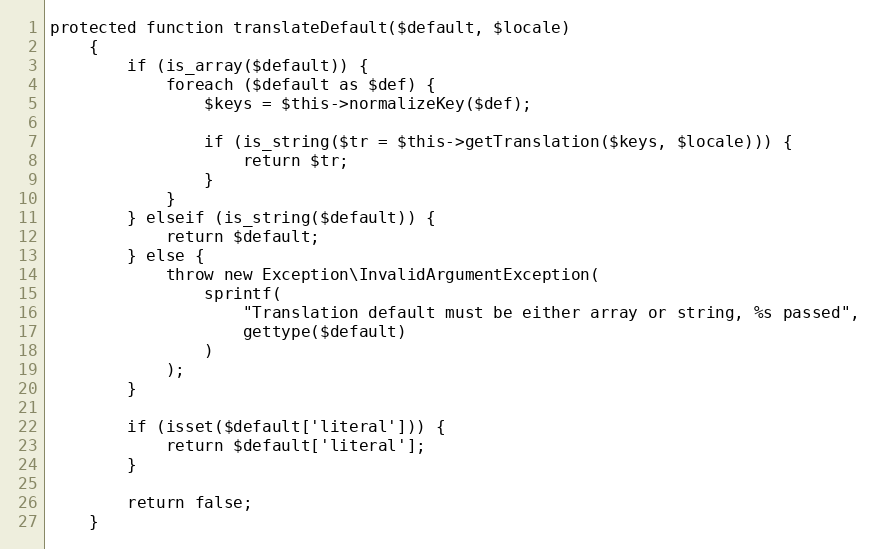
Language: PHP
protected function translateDefault($default, $locale)
    {
        if (is_array($default)) {
            foreach ($default as $def) {
                $keys = $this->normalizeKey($def);

                if (is_string($tr = $this->getTranslation($keys, $locale))) {
                    return $tr;
                }
            }
        } elseif (is_string($default)) {
            return $default;
        } else {
            throw new Exception\InvalidArgumentException(
                sprintf(
                    "Translation default must be either array or string, %s passed",
                    gettype($default)
                )
            );
        }

        if (isset($default['literal'])) {
            return $default['literal'];
        }

        return false;
    }